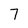
Character: 7